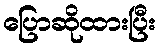
ပြောဆိုထားပြီး